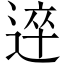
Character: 𨔊